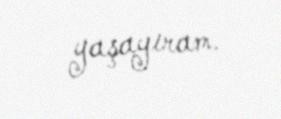
yaşayıram.